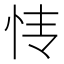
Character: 𰑊